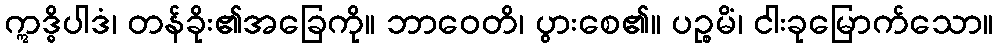
ဣဒ္ဓိပါဒံ၊ တန်ခိုး၏အခြေကို။ ဘာဝေတိ၊ ပွားစေ၏။ ပဉ္စမိံ၊ ငါးခုမြောက်သော။